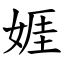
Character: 娾